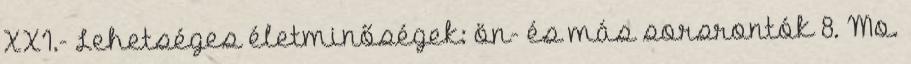
XXI.- Lehetséges életminőségek: ön- és más sorsrontók 8. Mo.